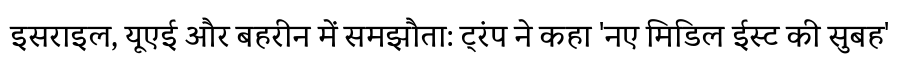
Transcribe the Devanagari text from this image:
इसराइल, यूएई और बहरीन में समझौता: ट्रंप ने कहा 'नए मिडिल ईस्ट की सुबह'